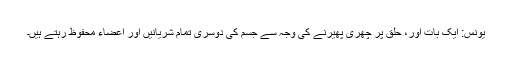
یونس: ایک بات اور، حلق پر چھری پھیرنے کی وجہ سے جسم کی دوسری تمام شریانیں اور اعضاء محفوظ رہتے ہیں۔